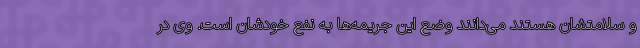
و سلامتشان هستند می‌دانند وضع این جریمه‌ها به نفع خودشان است. وی در